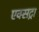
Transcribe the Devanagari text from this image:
एक्‍सट्रा